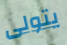
يتولى